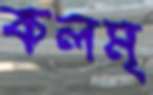
কলম্